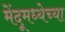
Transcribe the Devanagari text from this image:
मेंदूमध्येच्या